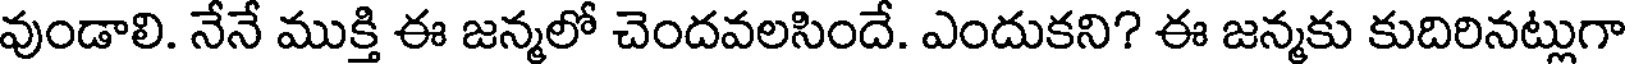
వుండాలి. నేనే ముక్తి ఈ జన్మలో చెందవలసిందే. ఎందుకని? ఈ జన్మకు కుదిరినట్లుగా